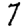
Digit: 7